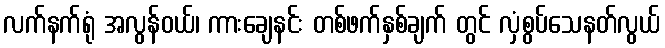
လက်နက်ရုံ အလွန်ဝယ်၊ ကားချေနင်း တစ်ဖက်နှစ်ချက် တွင် လှံစွပ်သေနတ်လွယ်